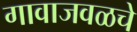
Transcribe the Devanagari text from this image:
गावाजवळचे